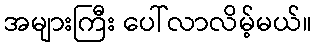
အများကြီး ပေါ်လာလိမ့်မယ်။